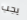
يجب